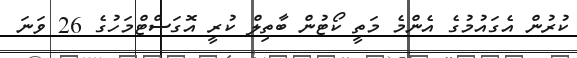
ކުރުން އެގައުމުގެ އެންމެ މަތީ ކޯޓުން ބާތިލް ކުރީ އޮގަސްޓްމަހުގެ 26 ވަނަ